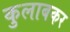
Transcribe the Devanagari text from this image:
कुलाबकर